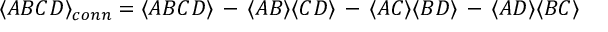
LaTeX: \langle A B C D \rangle _ { c o n n } = \langle A B C D \rangle \, - \, \langle A B \rangle \langle C D \rangle \, - \, \langle A C \rangle \langle B D \rangle \, - \, \langle A D \rangle \langle B C \rangle